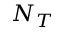
N _ { T }